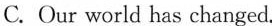
C. Our world has changed.